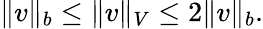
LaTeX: \Vert v\Vert_{b}\leq\Vert v\Vert_{V}\leq 2\Vert v\Vert_{b}.